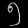
Digit: ၅